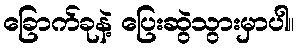
ခြောက်ခုနဲ့ ပြေးဆွဲသွားမှာပါ။